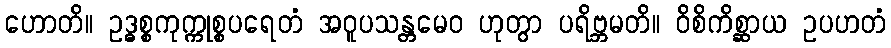
ဟောတိ။ ဥဒ္ဓစ္စကုက္ကုစ္စပရေတံ အဝူပသန္တမေဝ ဟုတွာ ပရိဗ္ဘမတိ။ ဝိစိကိစ္ဆာယ ဥပဟတံ